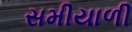
સમીયાળી